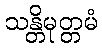
သန္တိမုတ္တမံ